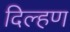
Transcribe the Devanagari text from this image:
दिल्हण